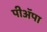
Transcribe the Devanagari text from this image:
पीअॅपा